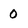
Character: 0